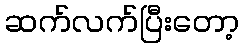
ဆက်လက်ပြီးတော့